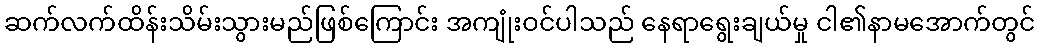
ဆက်လက်ထိန်းသိမ်းသွားမည်ဖြစ်ကြောင်း အကျုံးဝင်ပါသည် နေရာရွေးချယ်မှု ငါ၏နာမအောက်တွင်